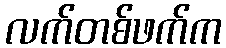
လက်တစ်ဖက်က